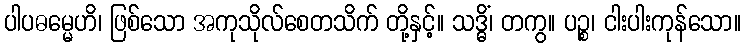
ပါပဓမ္မေဟိ၊ ဖြစ်သော အကုသိုလ်စေတသိက် တို့နှင့်။ သဒ္ဓိံ၊ တကွ။ ပဉ္စ၊ ငါးပါးကုန်သော။